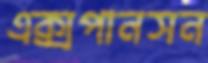
এক্সপানসন